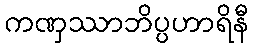
ကဏှဿာဘိပ္ပဟာရိနီ